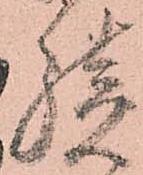
続